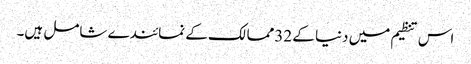
اس تنظیم میں دنیا کے 32ممالک کے نمائندے شامل ہیں۔